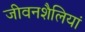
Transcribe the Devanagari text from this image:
जीवनशैलियां